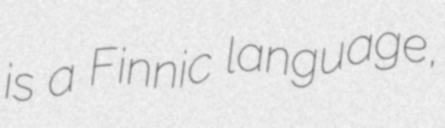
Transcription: is a Finnic language,